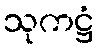
သုကဋ္ဌံ